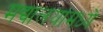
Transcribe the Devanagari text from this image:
मद्यालयांमध्ये